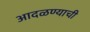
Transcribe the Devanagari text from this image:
आदळण्याची